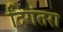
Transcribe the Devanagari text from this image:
दिगंतरा